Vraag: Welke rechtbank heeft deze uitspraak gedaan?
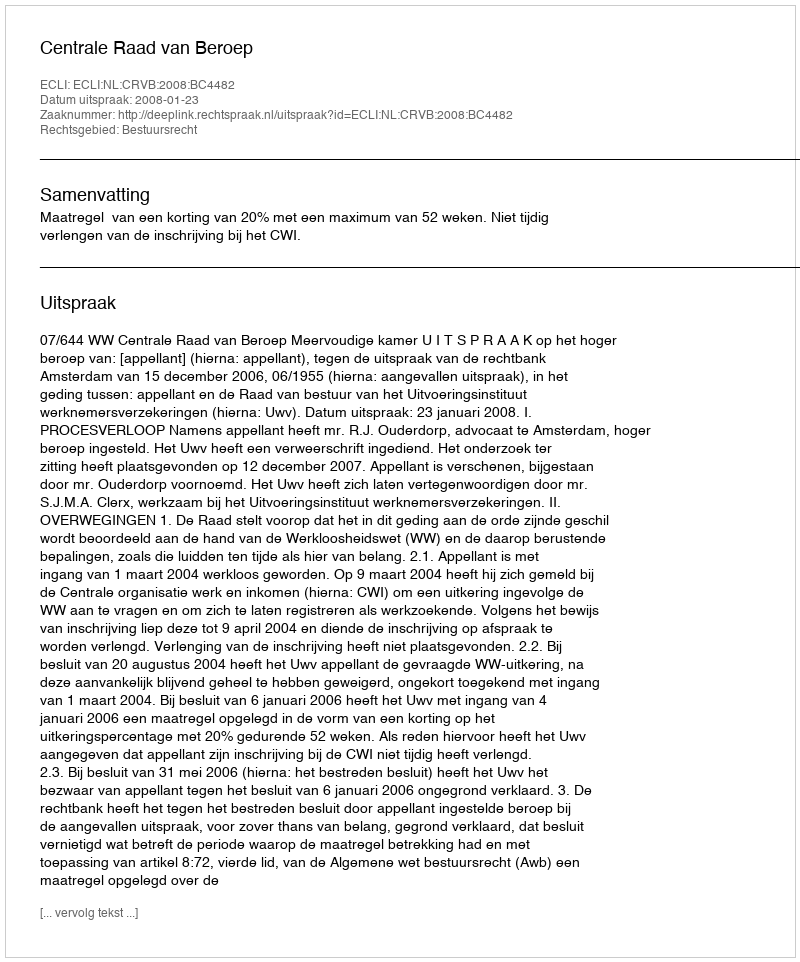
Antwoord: Centrale Raad van Beroep